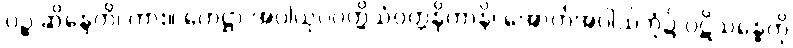
ပဉ္စ ဆိန္ဒေတိ၊ ကား။ ဟေဋ္ဌာ အပါယုပပတ္တိသံဝတ္တနိကာနိ၊ အောက်အပါယ်ဘုံ၌ ပဋိသန္ဓေကို